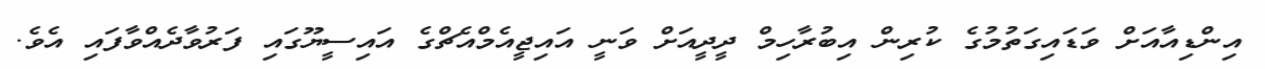
އިންޑިއާއަށް ވަޑައިގަތުމުގެ ކުރިން އިބުރާހިމް ދީދީއަށް ވަނީ އައިޖީއެމްއެޗްގެ އައިސީޔޫގައި ފަރުވާދެއްވާފައި އެވެ.